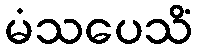
မံသပေသိံ